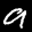
Label: 9